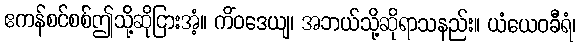
ဧကန်စင်စစ်ဤသို့ဆိုငြားအံ့။ ကိံဝဒေယျ၊ အဘယ်သို့ဆိုရာသနည်း။ ယံယေဝခီရံ၊